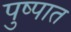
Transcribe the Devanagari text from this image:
पुष्पात